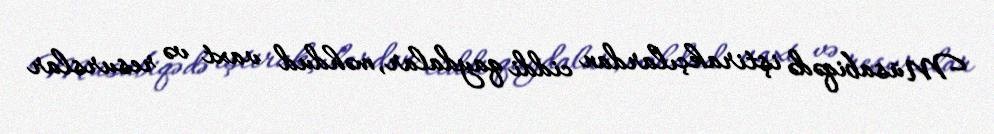
Müsabiqədə iştirakçılardan ciddi qaydalar, məhdud vaxt və resurslar